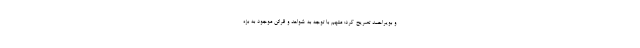
و بویراحمد تصریح کرد: متهم با توجه به شواهد و قرائن موجود به بزه